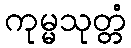
ကုမ္မသုတ္တံ